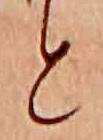
と